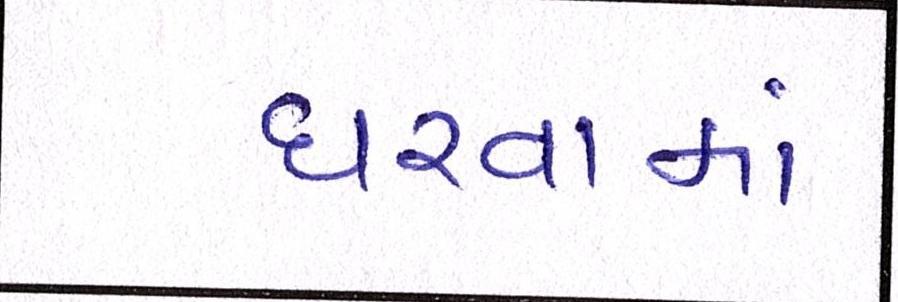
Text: ધરવામાં